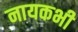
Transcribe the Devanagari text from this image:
नायकभी